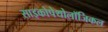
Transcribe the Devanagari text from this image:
साइकोपेथोलॉजिकल